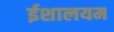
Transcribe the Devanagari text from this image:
ईशालयम